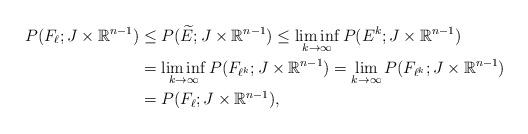
LaTeX: \begin{align*}P(F_{\ell}; J \times \mathbb{R}^{n-1}) &\leq P (\widetilde{E} ; J \times \mathbb{R}^{n-1}) \leq \liminf_{k \rightarrow \infty} P( E^{k}; J \times \mathbb{R}^{n-1} ) \\&= \liminf_{k \rightarrow \infty} P( F_{\ell^{k}}; J \times \mathbb{R}^{n-1}) = \lim_{k \rightarrow \infty} P (F_{\ell^{k}}; J \times \mathbb{R}^{n-1})\\&= P (F_{\ell}; J \times \mathbb{R}^{n-1}), \end{align*}